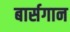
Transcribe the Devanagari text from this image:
बार्सगान